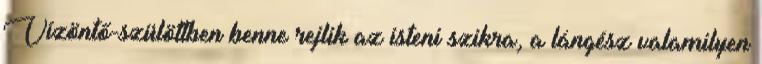
Vízöntő-szülöttben benne rejlik az isteni szikra, a lángész valamilyen